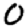
Digit: 0